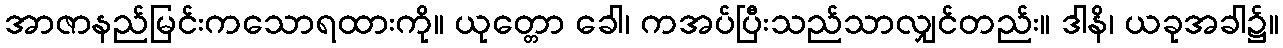
အာဇာနည်မြင်းကသောရထားကို။ ယုတ္တော ခေါ၊ ကအပ်ပြီးသည်သာလျှင်တည်း။ ဒါနိ၊ ယခုအခါ၌။